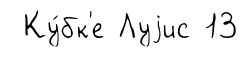
Ку́бк'е Луjис 13